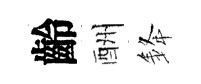
齡酬𨦟